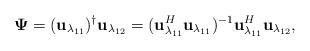
LaTeX: \begin{align*}\mathbf{\Psi}=(\mathbf{u}_{\lambda_{11}})^{\dag}\mathbf{u}_{\lambda_{12}}=({\mathbf{u}^{H}_{\lambda_{11}}}\mathbf{u}_{\lambda_{11}})^{-1}{\mathbf{u}^{H}_{\lambda_{11}}}\mathbf{u}_{\lambda_{12}},\end{align*}